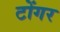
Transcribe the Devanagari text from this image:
टोंगर